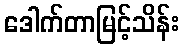
ဒေါက်တာမြင့်သိန်း